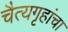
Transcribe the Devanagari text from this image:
चैत्यगृहांचा